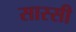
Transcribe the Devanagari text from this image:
सास्सी